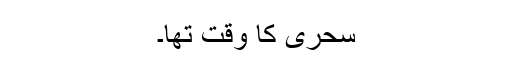
سحری کا وقت تھا۔